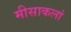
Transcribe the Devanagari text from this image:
मीसाकलां